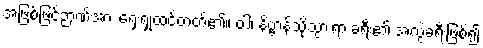
အဖြစ်ဖြင့်ဉာဏ်အား ရှေးရှုထင်တတ်၏။ ဝါ၊ နိဗ္ဗာန်သို့သွားရာ ခရီး၏ အလွဲခရီးဖြစ်၍